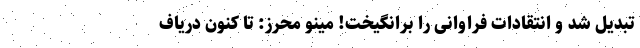
تبدیل شد و انتقادات فراوانی را برانگیخت! مینو محرز: تا کنون دریاف